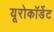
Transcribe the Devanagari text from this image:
यूरोकॉर्डेट